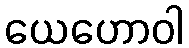
ယေဟောဝါ